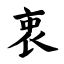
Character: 衷